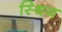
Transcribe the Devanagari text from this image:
स्थिय